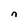
Character: n